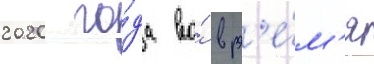
2020 го́да во́ вр'е́м'я